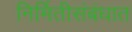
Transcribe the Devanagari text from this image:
निर्मितीसंबंधात